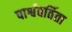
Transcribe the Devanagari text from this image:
पार्श्ववर्तिता